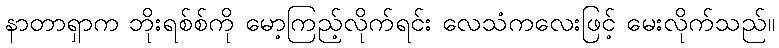
နာတာရှာက ဘိုးရစ်စ်ကို မော့ကြည့်လိုက်ရင်း လေသံကလေးဖြင့် မေးလိုက်သည်။